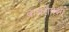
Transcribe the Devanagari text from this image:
कबरीपेक्षा